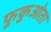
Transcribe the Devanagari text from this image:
फुकुओता